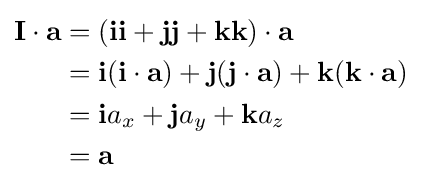
{\begin{aligned}\mathbf {I} \cdot \mathbf {a} &=(\mathbf {i} \mathbf {i} +\mathbf {j} \mathbf {j} +\mathbf {k} \mathbf {k} )\cdot \mathbf {a} \\&=\mathbf {i} (\mathbf {i} \cdot \mathbf {a} )+\mathbf {j} (\mathbf {j} \cdot \mathbf {a} )+\mathbf {k} (\mathbf {k} \cdot \mathbf {a} )\\&=\mathbf {i} a_{x}+\mathbf {j} a_{y}+\mathbf {k} a_{z}\\&=\mathbf {a} \end{aligned}}